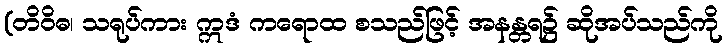
(တိဝိဓ၊ သရုပ်ကား ဣဒံ ကရောထ စသည်ဖြင့် အနန္တရ၌ ဆိုအပ်သည်ကို